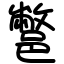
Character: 鄨